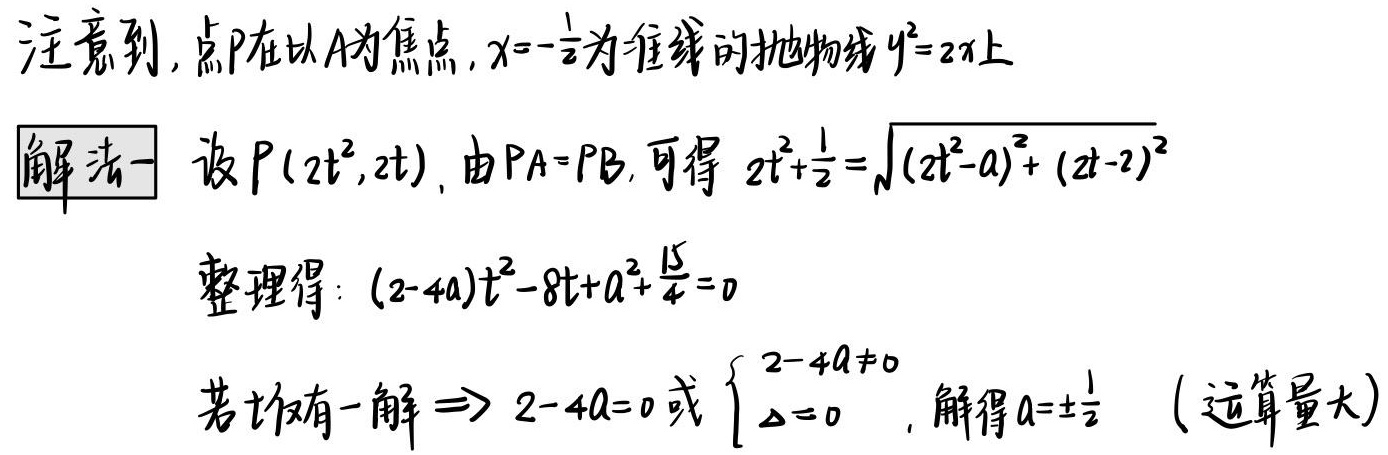
注意到，点$P$在以$A$为焦点，$x = -\frac{1}{2}$为准线的抛物线$y^{2}=2x$上
解法一 设$P(2t^{2},2t)$，由$PA = PB$，可得$2t^{2}+\frac{1}{2}=\sqrt{(2t^{2}-a)^{2}+(2t - 2)^{2}}$
整理得：$(2 - 4a)t^{2}-8t+a^{2}+\frac{15}{4}=0$
若$t$仅有一解$\Rightarrow 2 - 4a = 0$或$\begin{cases}2 - 4a\neq0\\\Delta = 0\end{cases}$，解得$a=\pm\frac{1}{2}$（运算量大）